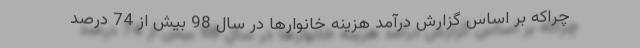
چراكه بر اساس گزارش درآمد هزينه خانوارها در سال 98 بيش از 74 درصد